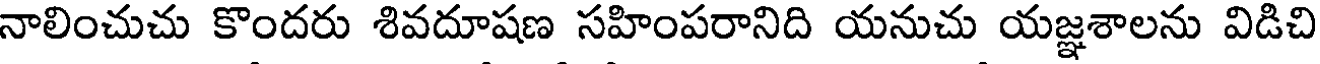
నాలించుచు కొందరు శివదూషణ సహింపరానిది యనుచు యజ్ఞశాలను విడిచి